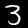
Digit: 3